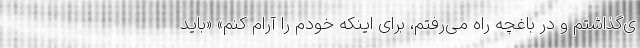
ی‌گذاشتم و در باغچه راه می‌رفتم، برای اینکه خودم را آرام کنم» «باید